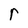
Character: r